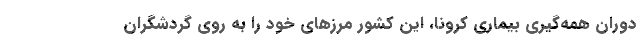
دوران همه‌گیری بیماری کرونا، این کشور مرزهای خود را به روی گردشگران